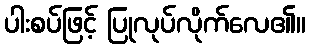
ပါးစပ်ဖြင့် ပြုလုပ်လိုက်လေ၏။